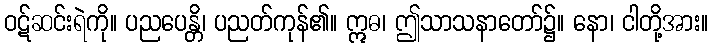
ဝဋ်ဆင်းရဲကို။ ပညပေန္တိ၊ ပညတ်ကုန်၏။ ဣဓ၊ ဤသာသနာတော်၌။ နော၊ ငါတို့အား။